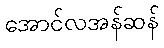
အောင်လအန်ဆန်